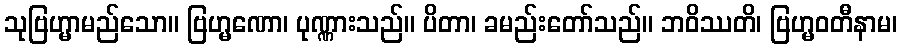
သုဗြဟ္မာမည်သော။ ဗြဟ္မဏော၊ ပုဏ္ဏားသည်။ ပိတာ၊ ခမည်းတော်သည်။ ဘဝိဿတိ၊ ဗြဟ္မဝတီနာမ၊